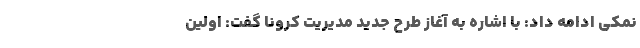
نمکی ادامه داد: با اشاره به آغاز طرح جدید مدیریت کرونا گفت: اولین